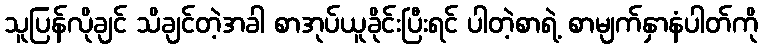
သူပြန်လိုချင် သိချင်တဲ့အခါ စာအုပ်ယူခိုင်းပြီးရင် ပါတဲ့စာရဲ့ စာမျက်နှာနံပါတ်ကို